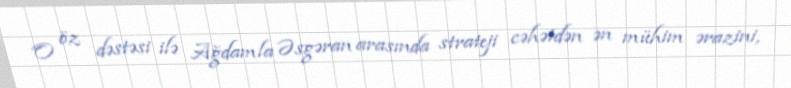
O öz dəstəsi ilə Ağdamla Əsgəran arasında strateji cəhətdən ən mühim ərazini,